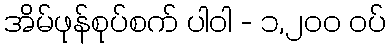
အိမ်ဖုန်စုပ်စက် ပါဝါ - ၁,၂၀၀ ဝပ်